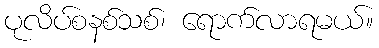
ပုလိပ်စနစ်သစ်၊ ရောက်လာရမယ်။